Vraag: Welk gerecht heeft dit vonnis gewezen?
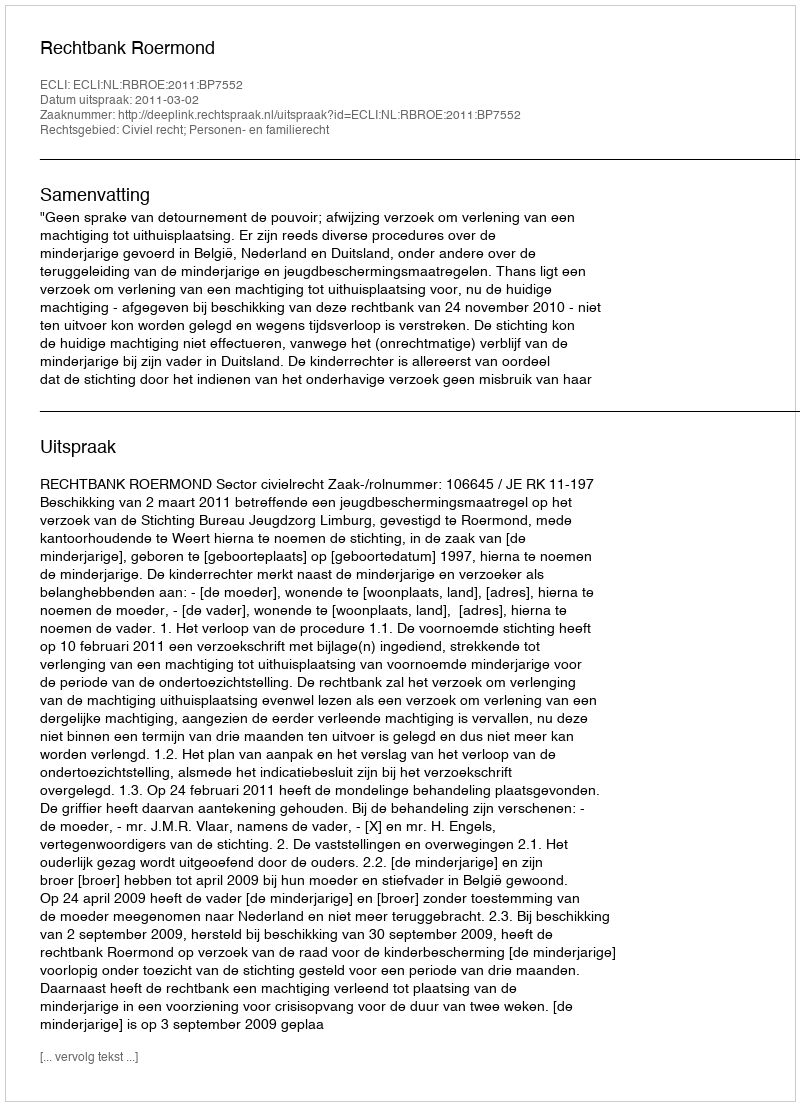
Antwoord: Rechtbank Roermond